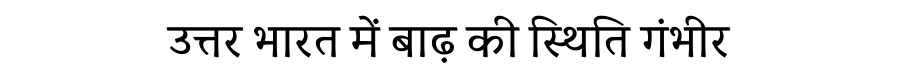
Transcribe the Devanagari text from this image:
उत्तर भारत में बाढ़ की स्थिति गंभीर